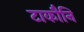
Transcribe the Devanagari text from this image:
टाकौनि